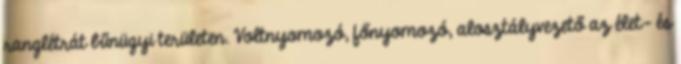
ranglétrát bűnügyi területen. Voltnyomozó, főnyomozó, alosztályvezető az élet- és